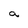
Character: a